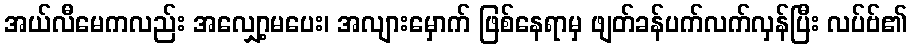
အယ်လီမေကလည်း အလျှော့မပေး၊ အလျားမှောက် ဖြစ်နေရာမှ ဖျတ်ခန်ပက်လက်လှန်ပြီး လပ်ဗ်၏